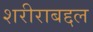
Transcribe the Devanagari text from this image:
शरीराबद्दल